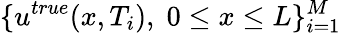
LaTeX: \{ u^{true}(x,T_{i}),\; 0\leq x\leq L\} _{i=1}^{M}